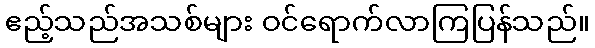
ဧည့်သည်အသစ်များ ဝင်ရောက်လာကြပြန်သည်။